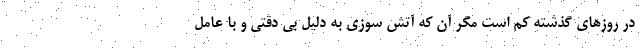
در روزهای گذشته کم است مگر آن که آتش سوزی به دلیل بی دقتی و با عامل